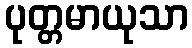
ပုတ္တမာယုသာ